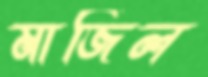
মাজিল